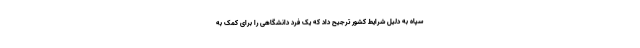
سپاه به دلیل شرایط کشور ترجیح داد که یک فرد دانشگاهی را برای کمک به